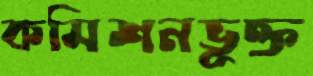
কমিশনভুক্ত